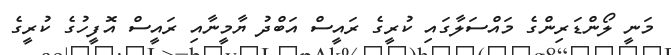
މަނީ ލޯންޑަރިންގެ މައްސަލާގައި ކުރީގެ ރައީސް އަބްދު ޔާމީނާއި ރައީސް އޮފީހުގެ ކުރީގެ